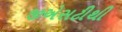
જીએસટીથી